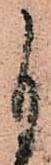
自